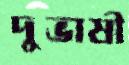
দুভাষী